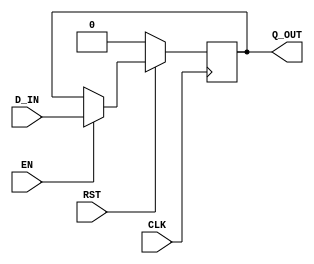

// Copyright (c) 2000-2012 Bluespec, Inc.

// Permission is hereby granted, free of charge, to any person obtaining a copy
// of this software and associated documentation files (the "Software"), to deal
// in the Software without restriction, including without limitation the rights
// to use, copy, modify, merge, publish, distribute, sublicense, and/or sell
// copies of the Software, and to permit persons to whom the Software is
// furnished to do so, subject to the following conditions:

// The above copyright notice and this permission notice shall be included in
// all copies or substantial portions of the Software.

// THE SOFTWARE IS PROVIDED "AS IS", WITHOUT WARRANTY OF ANY KIND, EXPRESS OR
// IMPLIED, INCLUDING BUT NOT LIMITED TO THE WARRANTIES OF MERCHANTABILITY,
// FITNESS FOR A PARTICULAR PURPOSE AND NONINFRINGEMENT. IN NO EVENT SHALL THE
// AUTHORS OR COPYRIGHT HOLDERS BE LIABLE FOR ANY CLAIM, DAMAGES OR OTHER
// LIABILITY, WHETHER IN AN ACTION OF CONTRACT, TORT OR OTHERWISE, ARISING FROM,
// OUT OF OR IN CONNECTION WITH THE SOFTWARE OR THE USE OR OTHER DEALINGS IN
// THE SOFTWARE.
//
// $Revision: 29441 $
// $Date: 2012-08-27 21:58:03 +0000 (Mon, 27 Aug 2012) $

`ifdef BSV_ASSIGNMENT_DELAY
`else
  `define BSV_ASSIGNMENT_DELAY
`endif

`ifdef BSV_POSITIVE_RESET
  `define BSV_RESET_VALUE 1'b1
  `define BSV_RESET_EDGE posedge
`else
  `define BSV_RESET_VALUE 1'b0
  `define BSV_RESET_EDGE negedge
`endif


module ConfigRegN(CLK, RST, Q_OUT, D_IN, EN);

   parameter width = 1;
   parameter init  = { width {1'b0} } ;

   input     CLK;
   input     RST;
   input     EN;
   input [width - 1 : 0] D_IN;
   output [width - 1 : 0] Q_OUT;

   reg [width - 1 : 0]    Q_OUT;

   always@(posedge CLK)
     begin
        if (RST == `BSV_RESET_VALUE)
          Q_OUT <= `BSV_ASSIGNMENT_DELAY init;
        else
          begin
             if (EN)
               Q_OUT <= `BSV_ASSIGNMENT_DELAY D_IN;
          end // else: !if(RST == `BSV_RESET_VALUE)
     end

`ifdef BSV_NO_INITIAL_BLOCKS
`else // not BSV_NO_INITIAL_BLOCKS
   // synopsys translate_off
   initial begin
      Q_OUT = {((width + 1)/2){2'b10}} ;
   end
   // synopsys translate_on
`endif // BSV_NO_INITIAL_BLOCKS

endmodule